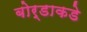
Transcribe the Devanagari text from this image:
बोर्डाकडे